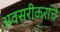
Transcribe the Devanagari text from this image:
अवसरीकरांचे